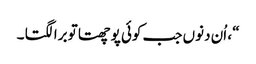
“ ، اُن دنوں جب کوئی پوچھتا تو برا لگتا ۔